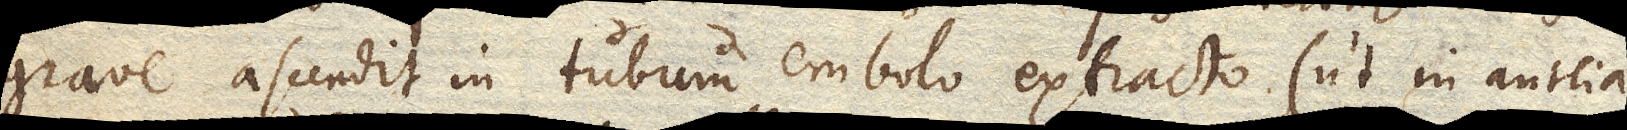
grave ascendit in tubum embolo extracto (ut in antlia